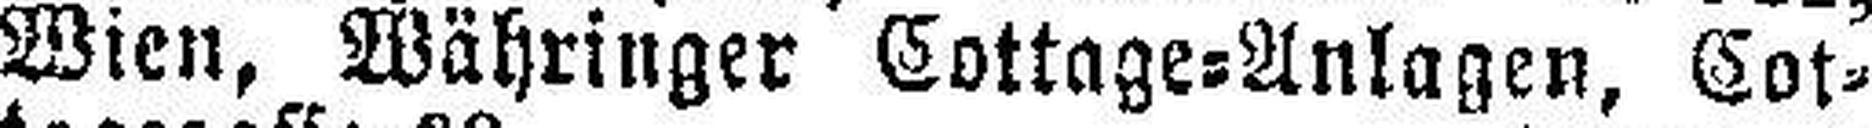
Wien, Währinger Cottage=Anlagen, Cot¬